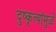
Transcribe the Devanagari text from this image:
दुष्कृत्यांमुळे